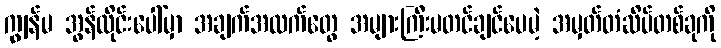
ကျွန်မ အွန်လိုင်းပေါ်မှာ အချက်အလက်တွေ အများကြီးမတင်ချင်ပေမဲ့ အမှတ်တံဆိပ်တစ်ခုကို